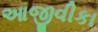
આજીવીકા